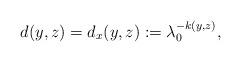
LaTeX: \begin{align*} d(y,z) = d_x(y,z) := \lambda_0^{-k(y,z)}, \end{align*}